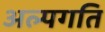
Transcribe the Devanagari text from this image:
अल्पगति